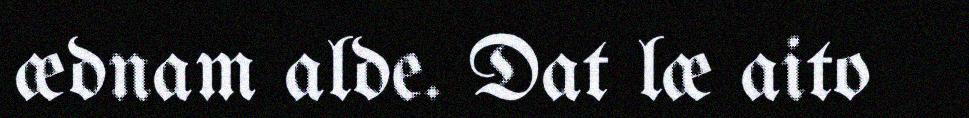
ædnam alde. Dat læ aito